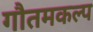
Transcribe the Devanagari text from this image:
गौतमकल्प